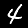
Digit: 4